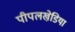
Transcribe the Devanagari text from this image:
पीपलखेडि़या